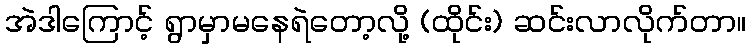
အဲဒါကြောင့် ရွာမှာမနေရဲတော့လို့ (ထိုင်း) ဆင်းလာလိုက်တာ။